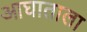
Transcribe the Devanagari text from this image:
आघाताला